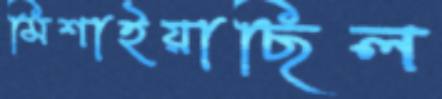
মিশাইয়াছিল